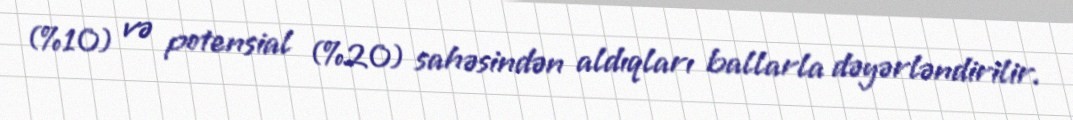
(%10) və potensial (%20) sahəsindən aldıqları ballarla dəyərləndirilir.